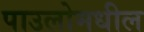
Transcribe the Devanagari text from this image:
पाउलोमधील